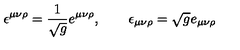
\epsilon ^ { \mu \nu \rho } = { \frac { 1 } { \sqrt g } } e ^ { \mu \nu \rho } , \qquad \epsilon _ { \mu \nu \rho } = \sqrt g e _ { \mu \nu \rho }